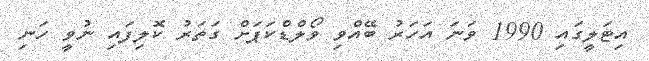
އިޓަލީގައި 1990 ވަނަ އަހަރު ބޭއްވި ވޯލްޑްކަޕަށް ގަތަރު ކޮލިފައި ނުވީ ހަނި